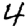
Digit: 4